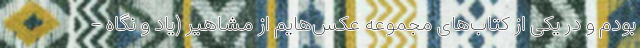
بودم و در یکی از کتاب‌های مجموعه عکس‌هایم از مشاهیر (یاد و نگاه -